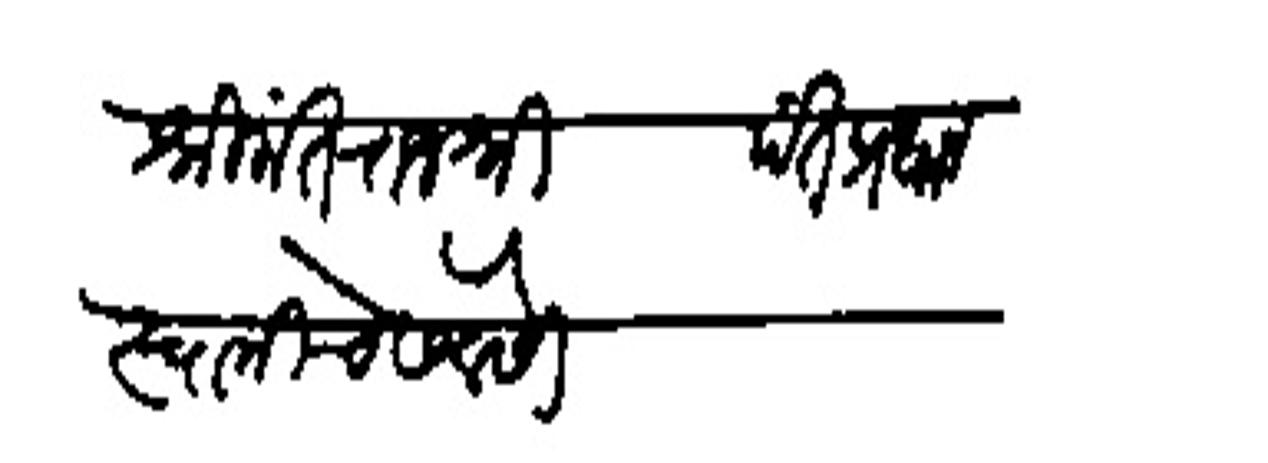
Transliteration (Devanagari): श्रीमंत राजश्री पंतप्रधान स्वामीचे सेवेसी